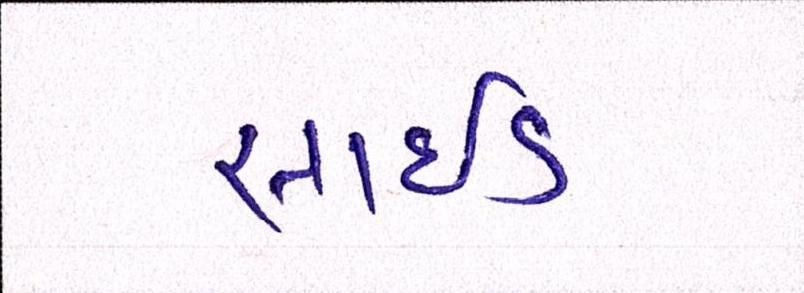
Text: સાઈડ